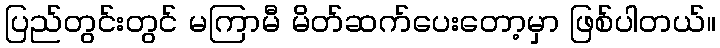
ပြည်တွင်းတွင် မကြာမီ မိတ်ဆက်ပေးတော့မှာ ဖြစ်ပါတယ်။